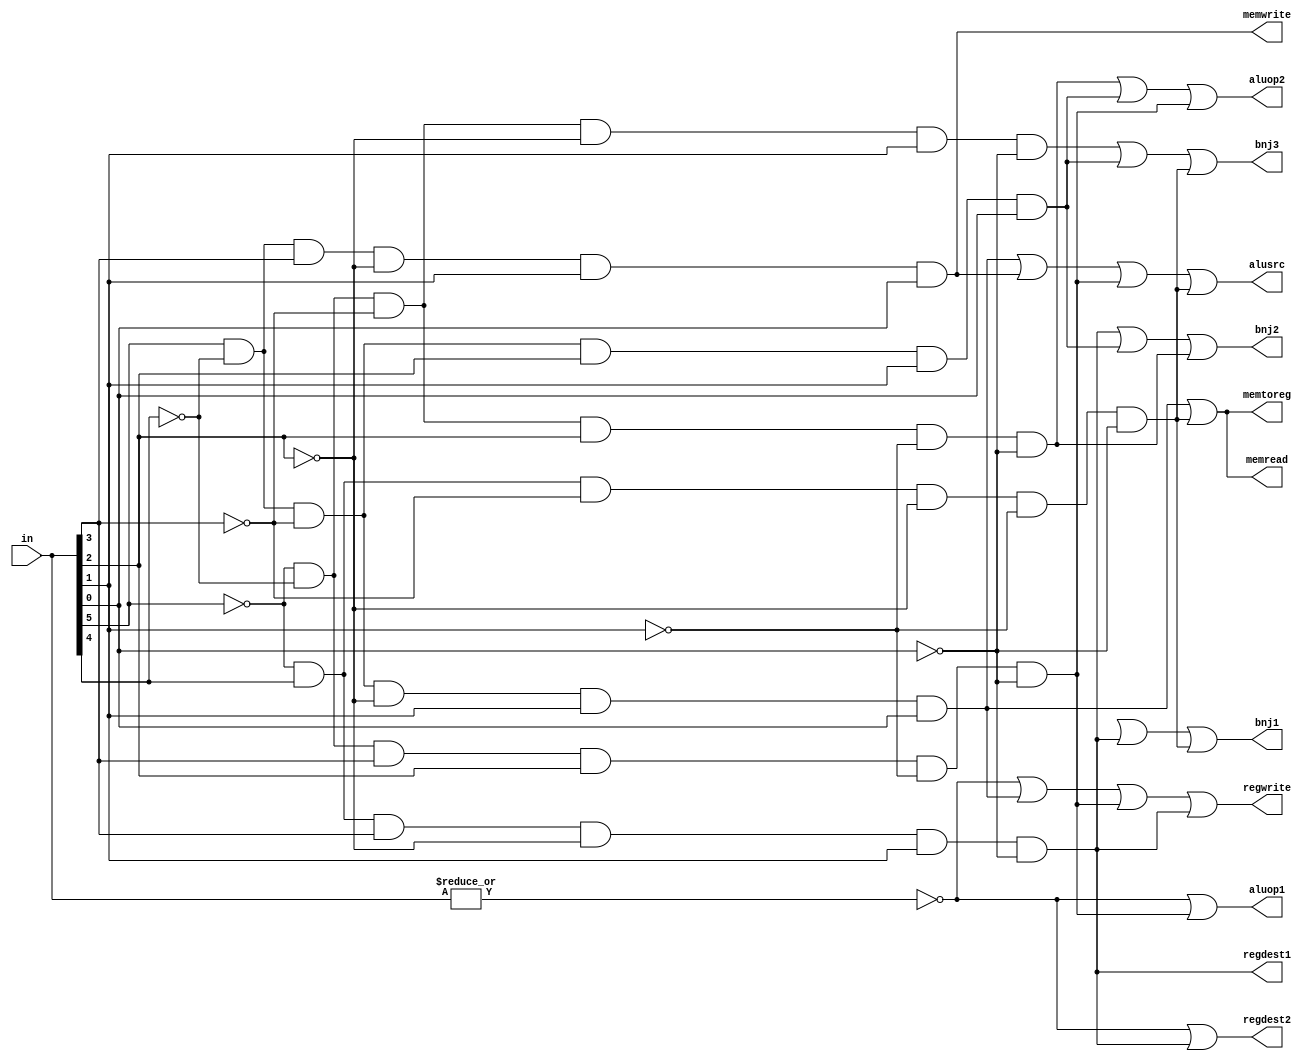
module control(in,regdest1, regdest2, alusrc,memtoreg,regwrite,memread,memwrite, bnj1, bnj2, bnj3,aluop1,aluop2);
input [5:0] in;
output regdest1,regdest2, alusrc,memtoreg,regwrite,memread,memwrite, bnj1, bnj2, bnj3,aluop1,aluop2;
wire rformat,lw,sw, balz, andi, jm, bgez, j, brn;
assign rformat=~|in;
assign lw=in[5]& (~in[4])&(~in[3])&(~in[2])&in[1]&in[0];
assign sw=in[5]& (~in[4])&in[3]&(~in[2])&in[1]&in[0];
assign beq=~in[5]& (~in[4])&(~in[3])&in[2]&(~in[1])&(~in[0]);
assign balz=(~in[5])&in[4]&in[3]&(~in[2])&in[1]&(~in[0]); // 011010 = 26
assign andi=(~in[5])&(~in[4])&in[3]&in[2]&(~in[1])&(~in[0]); // 001100
assign jm=(~in[5])&in[4]&(~in[3])&(~in[2])&(~in[1])&(~in[0]);  // 16
assign bgez=in[5]&(~in[4])&(~in[3])&in[2]&in[1]&in[0];  // 39
assign j=(~in[5])&(~in[4])&(~in[3])&(~in[2])&in[1]&(~in[0]); // 2
assign regdest1=balz; // TODO 2 bit
assign regdest2=rformat|balz;
assign alusrc=lw|sw|andi|jm;
assign memtoreg=lw|jm;
assign regwrite=rformat|lw|andi|balz;
assign memread=lw|jm;
assign memwrite=sw;
assign bnj1=brn|balz|jm; // TODO 3 bit
assign bnj2=balz|bgez|beq;
assign bnj3=j|bgez|jm;
assign aluop1=rformat|andi;
assign aluop2=beq|bgez|andi;


endmodule